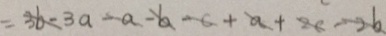
= 3 b - 3 a - a - b - c + a + 2 c - 2 b